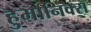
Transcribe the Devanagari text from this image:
हुमानिक्स